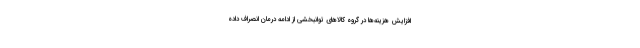
افزایش هزینه‌ها در گروه کالاهای توانبخشی از ادامه درمان انصراف داده